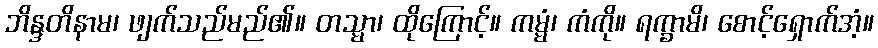
ဘိန္ဒတိနာမ၊ ဖျက်သည်မည်၏။ တသ္မာ၊ ထိုကြောင့်။ ကမ္မံ၊ ကံကို။ ရက္ခာမိ၊ စောင့်ရှောက်အံ့။